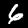
Digit: 6